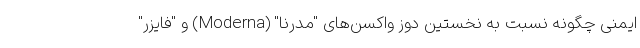
ایمنی چگونه نسبت به نخستین دوز واکسن‌های "مدرنا" (Moderna) و "فایزر"